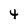
Character: 4